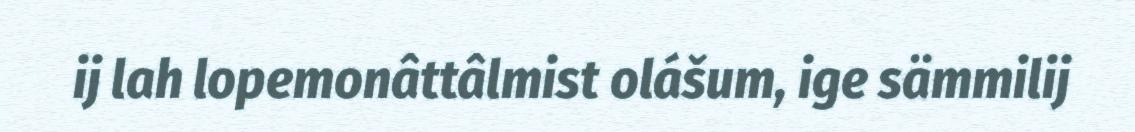
ij lah lopemonâttâlmist olášum, ige sämmilij